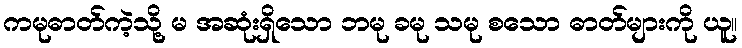
ကမုဓာတ်ကဲ့သို့ မ အဆုံးရှိသော ဘမု ခမု သမု စသော ဓာတ်များကို ယူ။